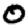
Digit: 0